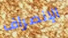
الإنصراف